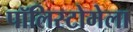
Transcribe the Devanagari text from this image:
पॉलिस्टोमेला